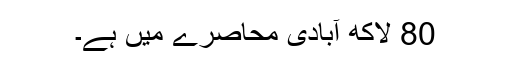
80 لاکھ آبادی محاصرے میں ہے۔